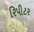
રિપીટર